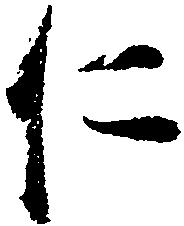
仁